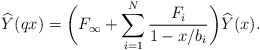
\begin{align*}\widehat{Y}(q x) = \biggl( F_{\infty} + \sum^{N}_{i = 1}\frac{F_{i}}{1 - x/b_{i}} \biggr) \widehat{Y}(x). \end{align*}